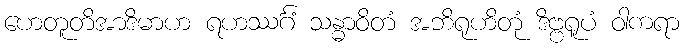
ဟေတူတိအာဒိမာဟ ရဟဿင်္ဂံ သန္ဓာဝိတံ အဘိရုဟိတုံ ဒိဗ္ဗရူပံ ဝါကရာ